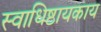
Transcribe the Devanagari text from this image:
स्वाधिष्ठायकाय